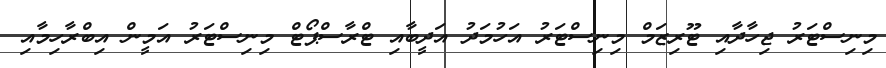
މިނިސްޓަރު ޖިހާދާއި ޓޫރިޒަމް މިނިސްޓަރު އަހުމަދު އަދީބާއި ޓްރާސްޕޯޓް މިނިސްޓަރު އަމީން އިބްރާހިމާއި